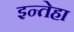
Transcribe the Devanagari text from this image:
इन्तेहा